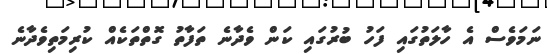
ނަމަވެސް އެ ހާލަތުގައި ފަހު ބުރުގައި ކަން ވެދާނެ ތަފާތު ގޮތްތަކެއް ކުރިމަތިވެދާނެ